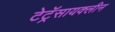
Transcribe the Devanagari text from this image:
टेट्रॅसायक्लीन